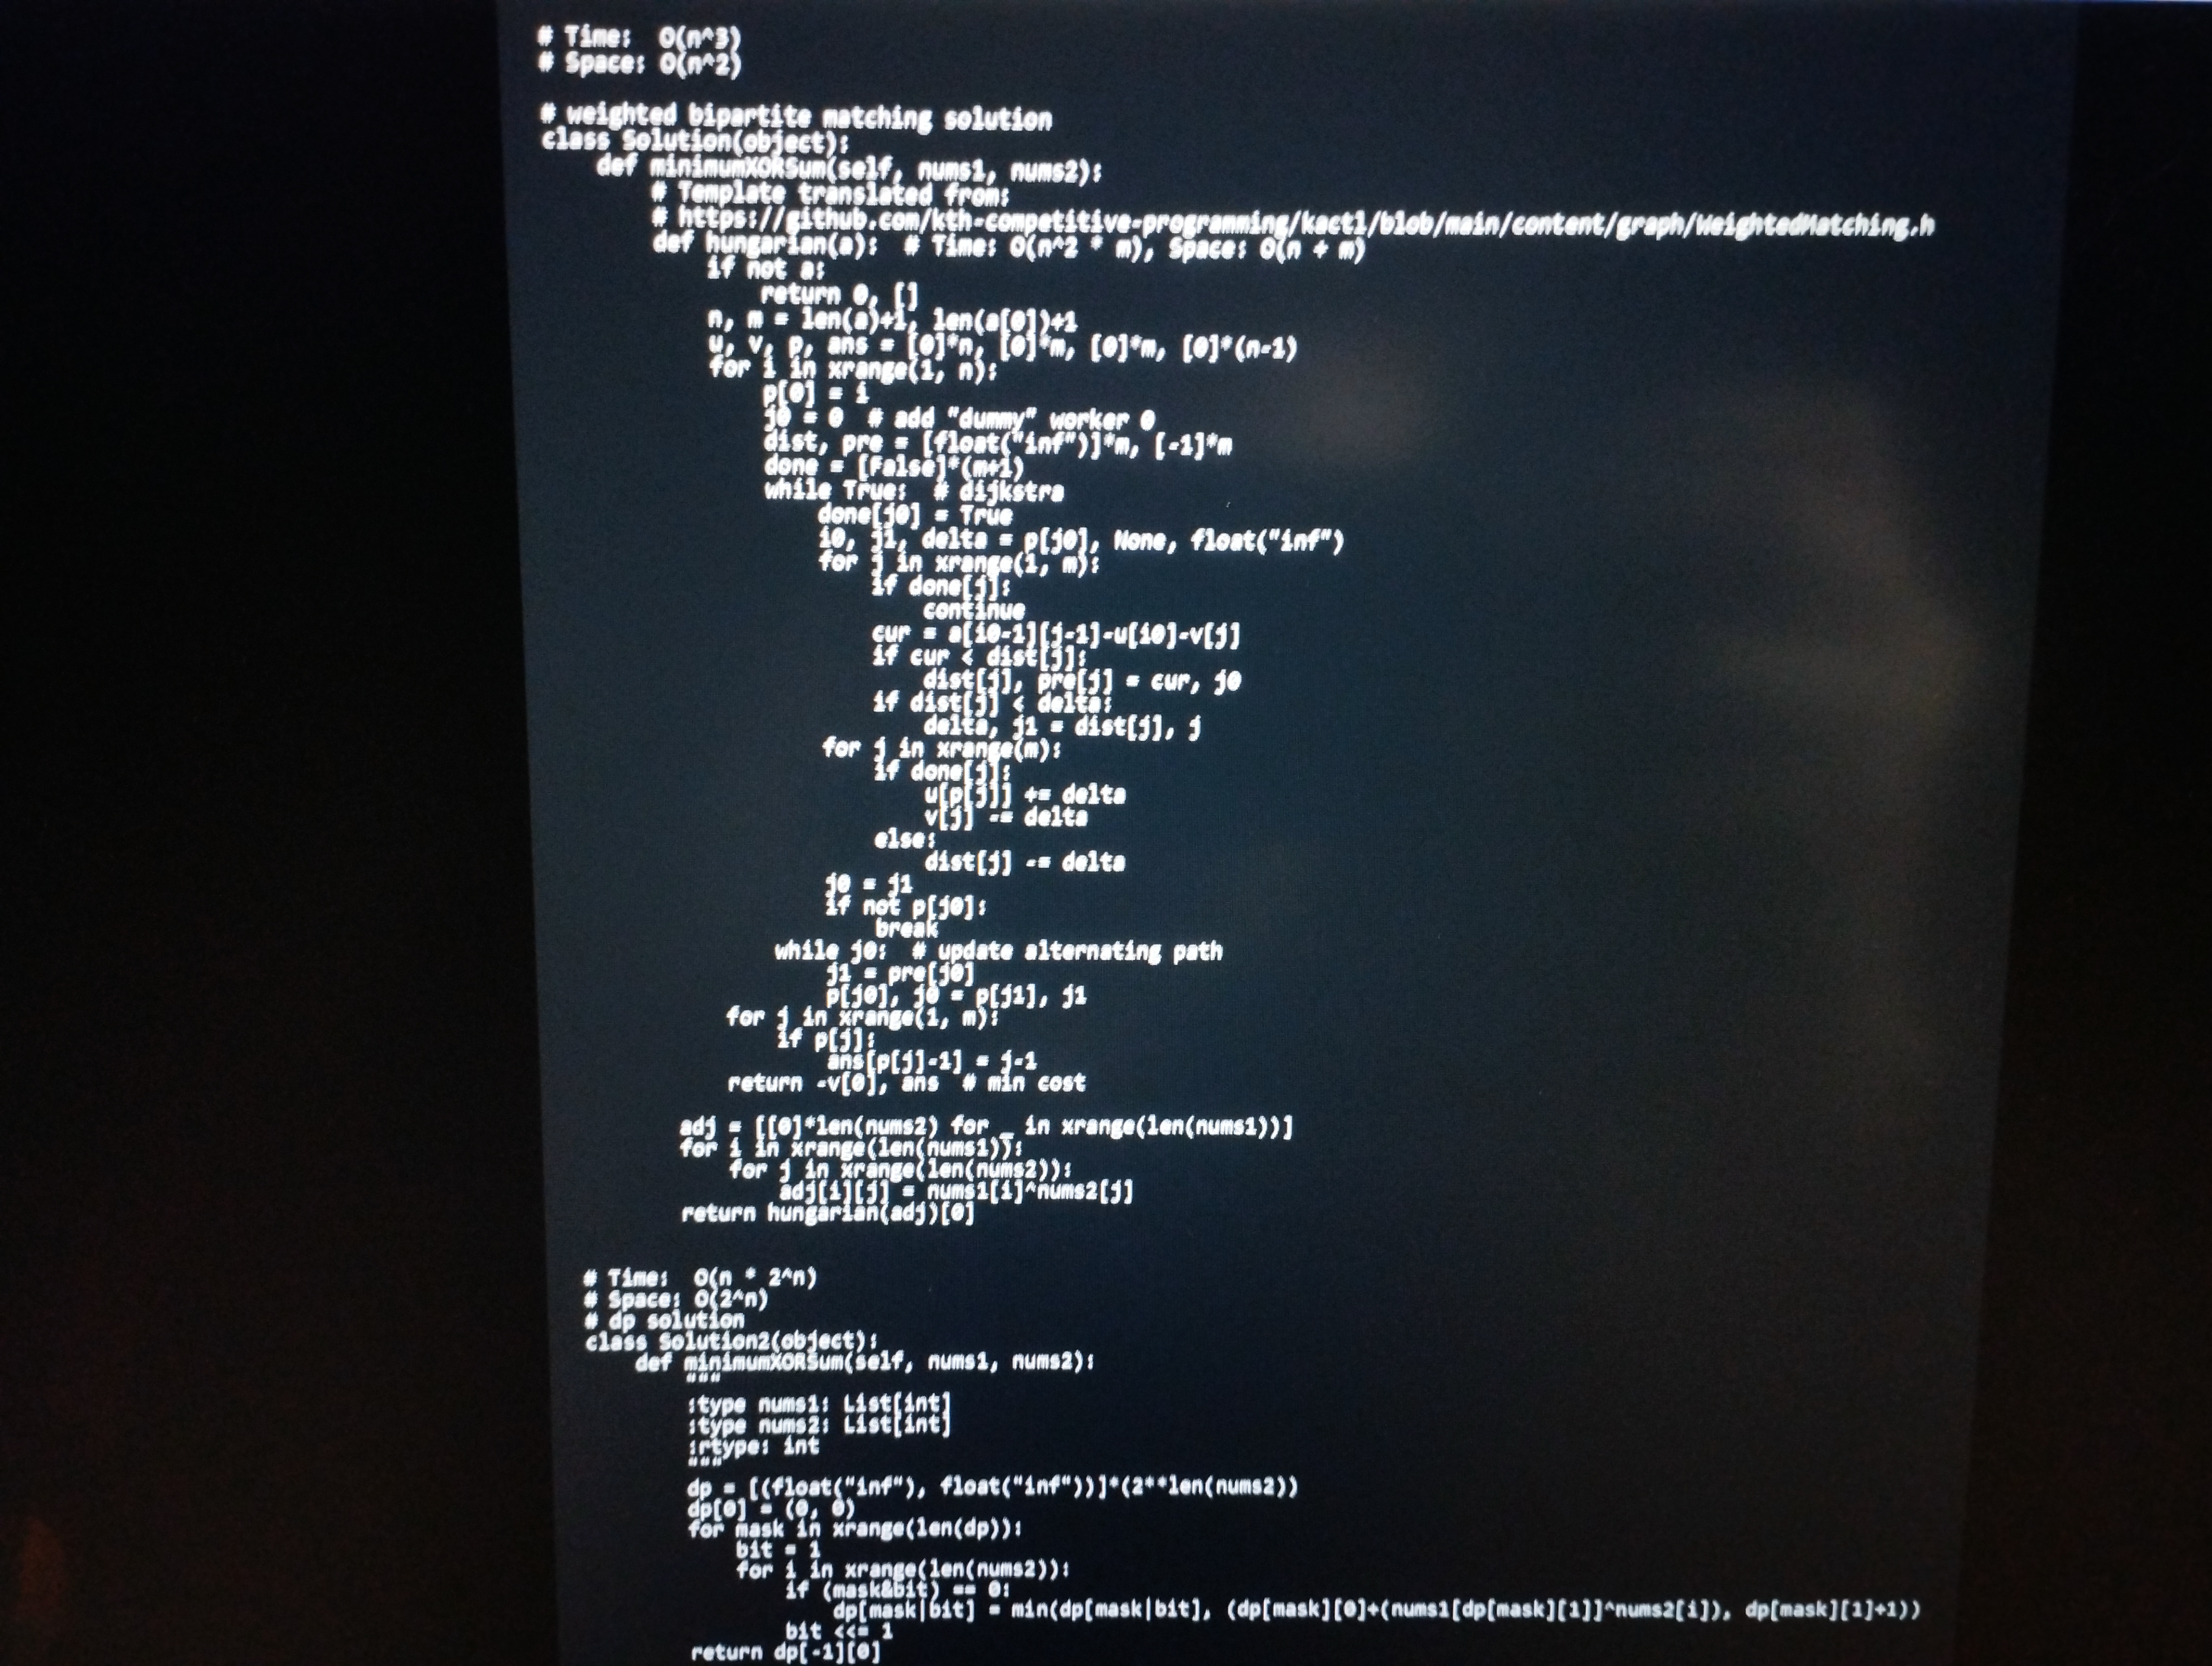
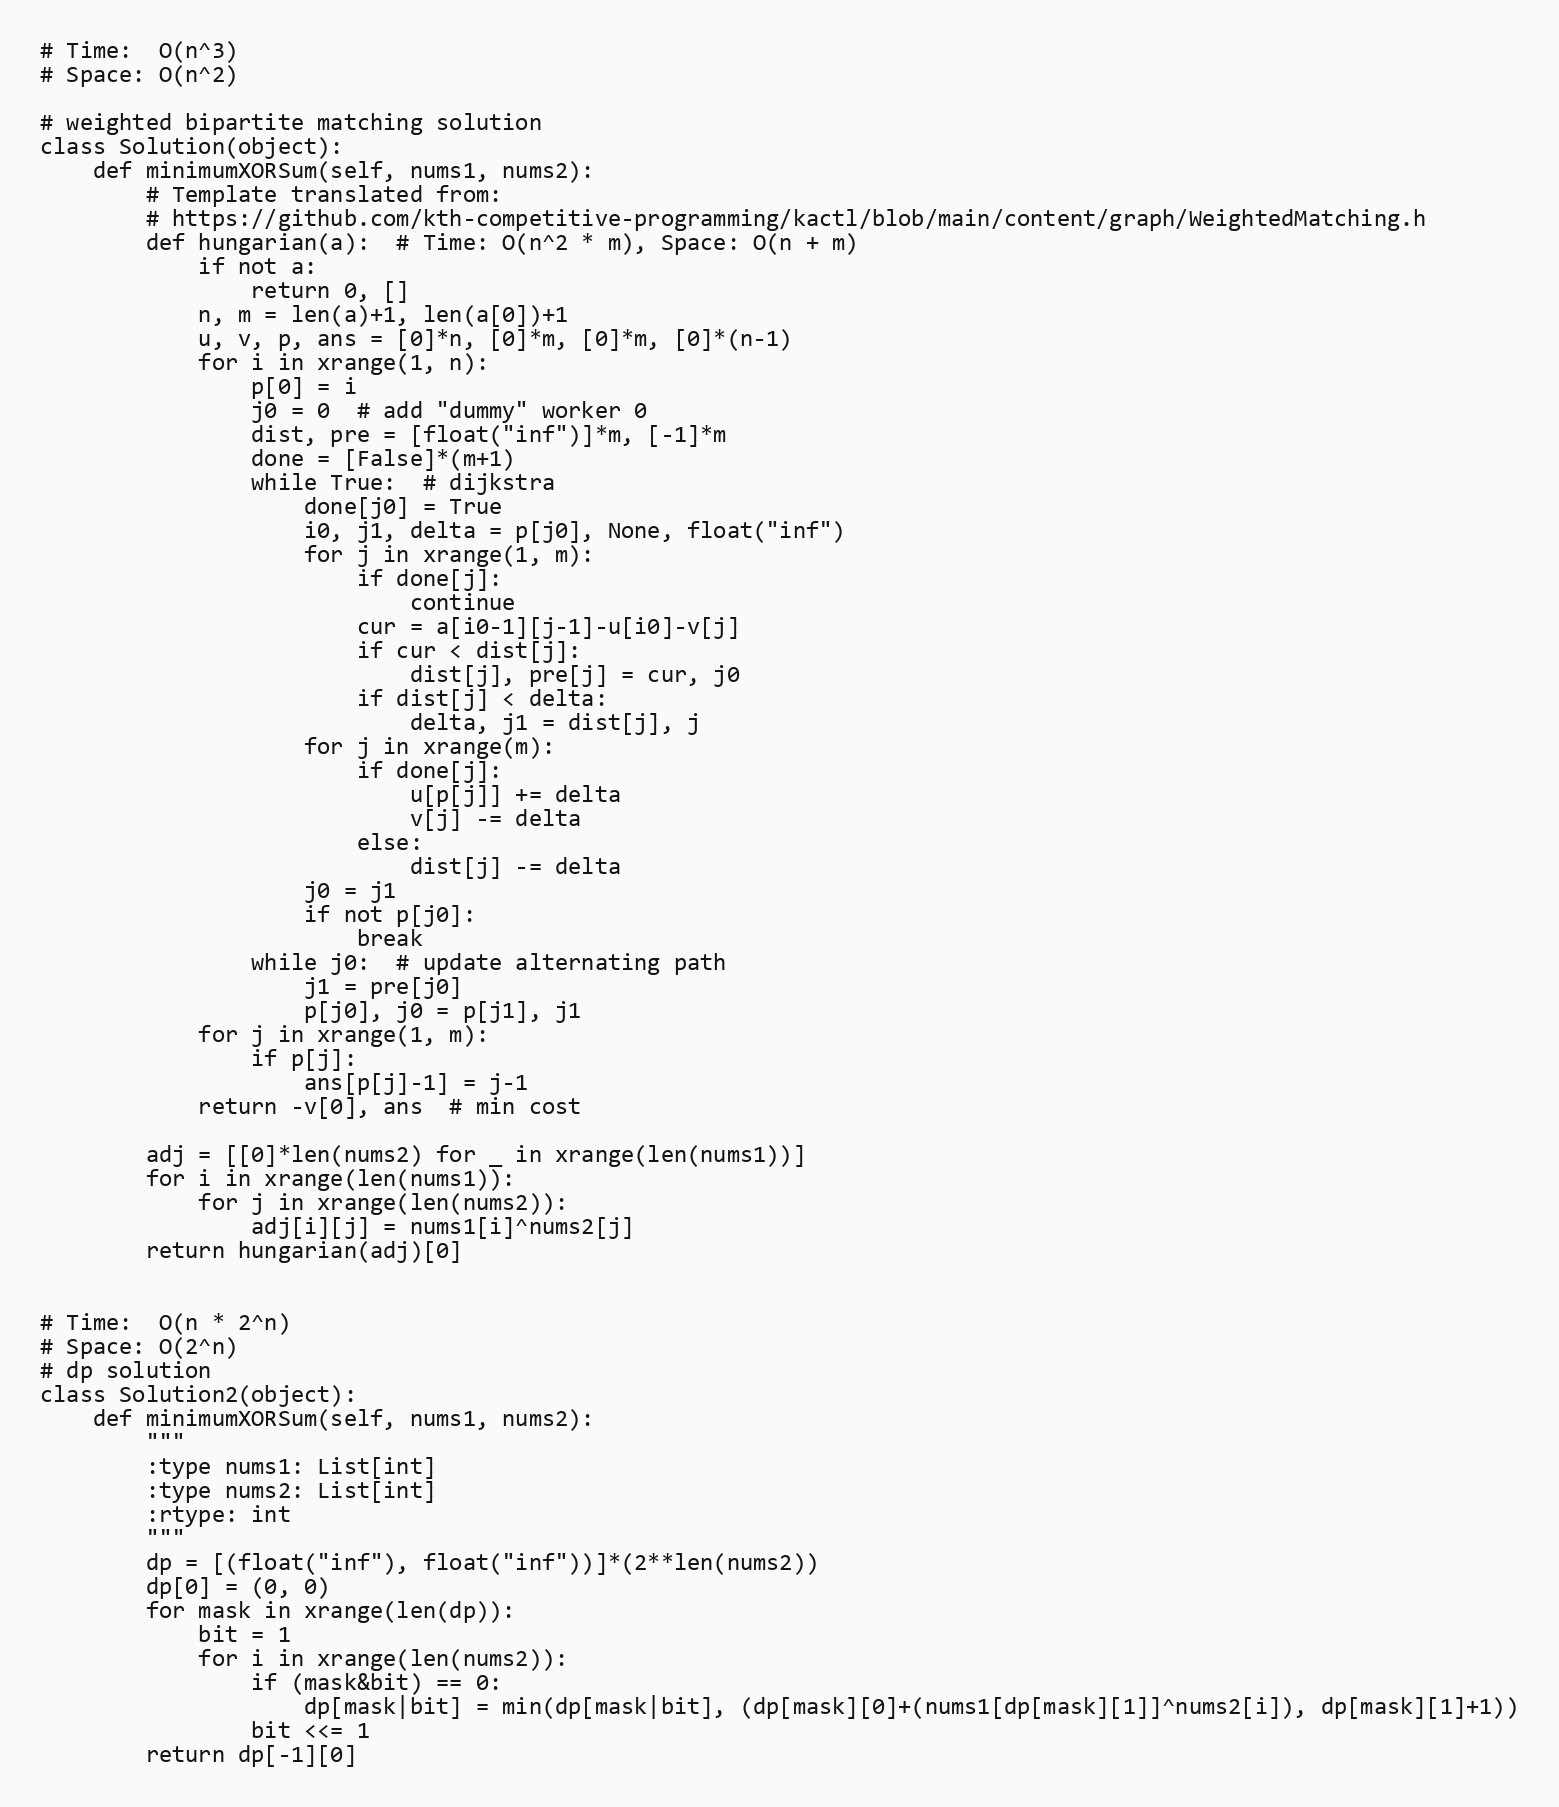
# Time:  O(n^3)
# Space: O(n^2)

# weighted bipartite matching solution
class Solution(object):
    def minimumXORSum(self, nums1, nums2):
        # Template translated from:
        # https://github.com/kth-competitive-programming/kactl/blob/main/content/graph/WeightedMatching.h
        def hungarian(a):  # Time: O(n^2 * m), Space: O(n + m)
            if not a:
                return 0, []
            n, m = len(a)+1, len(a[0])+1
            u, v, p, ans = [0]*n, [0]*m, [0]*m, [0]*(n-1)
            for i in xrange(1, n):
                p[0] = i
                j0 = 0  # add "dummy" worker 0
                dist, pre = [float("inf")]*m, [-1]*m
                done = [False]*(m+1)
                while True:  # dijkstra
                    done[j0] = True
                    i0, j1, delta = p[j0], None, float("inf")
                    for j in xrange(1, m):
                        if done[j]:
                            continue
                        cur = a[i0-1][j-1]-u[i0]-v[j]
                        if cur < dist[j]:
                            dist[j], pre[j] = cur, j0
                        if dist[j] < delta:
                            delta, j1 = dist[j], j
                    for j in xrange(m):
                        if done[j]:
                            u[p[j]] += delta
                            v[j] -= delta
                        else:
                            dist[j] -= delta
                    j0 = j1
                    if not p[j0]:
                        break
                while j0:  # update alternating path
                    j1 = pre[j0]
                    p[j0], j0 = p[j1], j1
            for j in xrange(1, m):
                if p[j]:
                    ans[p[j]-1] = j-1
            return -v[0], ans  # min cost

        adj = [[0]*len(nums2) for _ in xrange(len(nums1))]
        for i in xrange(len(nums1)):
            for j in xrange(len(nums2)):
                adj[i][j] = nums1[i]^nums2[j]
        return hungarian(adj)[0]

# Time:  O(n * 2^n)
# Space: O(2^n)
# dp solution
class Solution2(object):
    def minimumXORSum(self, nums1, nums2):
        """
        :type nums1: List[int]
        :type nums2: List[int]
        :rtype: int
        """
        dp = [(float("inf"), float("inf"))]*(2**len(nums2))
        dp[0] = (0, 0)
        for mask in xrange(len(dp)):
            bit = 1
            for i in xrange(len(nums2)):
                if (mask&bit) == 0:
                    dp[mask|bit] = min(dp[mask|bit], (dp[mask][0]+(nums1[dp[mask][1]]^nums2[i]), dp[mask][1]+1))
                bit <<= 1
        return dp[-1][0]